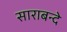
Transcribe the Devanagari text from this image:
साराबन्दे